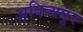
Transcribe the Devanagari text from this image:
अदित्यपुर